Supplement to the account of plague administration in the Bombay Presidency from September 1896 till May 1897
Year: 1896
Disease focus: Plague
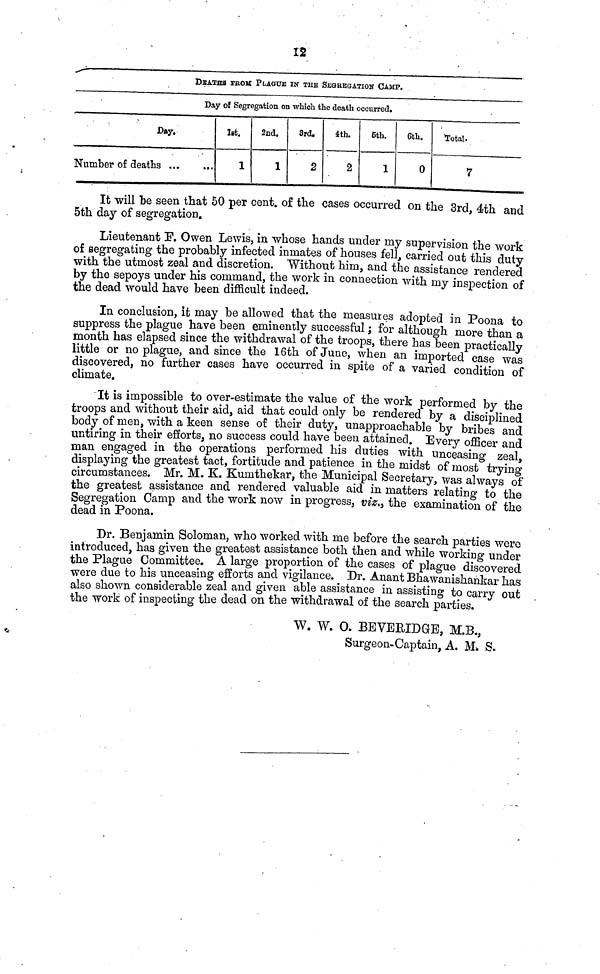
12
DEATHS FrOM PLAGUE IN THE SEGREGATION CAMP.
Day of Segregation on which the death occurred.
Day.
Number of deaths
1st.
1
2nd.
1
3rd.
2
4th.
2
6th.
1
6th.
0
Total.
7
It will be seen that 50 per cent. of the cases occurred on the 3rd, 4th and
5th day of segregation.
Lieutenant P. Owen Lewis, in whose hands under my supervision the work
of segregating the probably infected inmates of houses fell, carried out this duty
with the utmost zeal and discretion. Without him, and the assistance rendered
by the sepoys under his command, the work in connection with my inspection of
the dead would have been difficult indeed.
In conclusion, it may be allowed that the measures adopted in Poona to
suppress the plague have been eminently successful ; for although more than a
month has elapsed since the withdrawal of the troops, there has been practically
little or no plague, and since the 16th of June, when an imported case was
discovered, no further cases have occurred in spite of a varied condition of
climate.
It is impossible to over-estimate the value of the work performed by the
troops and without their aid, aid that could only be rendered by a disciplined
body of men, with a keen sense of their duty, unapproachable by bribes and
untiring in their efforts, no success could have been attained. Every officer and
man engaged in the operations performed his duties with unceasing zeal
displaying the greatest tact, fortitude and patience in the midst of most trying
circumstances. Mr. M. K. Kumthekar, the Municipal Secretary, was always of
the greatest assistance and rendered valuable aid in matters relating to the
Segregation Camp and the work now in progress, viz., the examination of the
dead in Poona.
Dr. Benjamin Soloman, who worked with me before the search parties were
introduced, has given the greatest assistance both then and while working under
the Plague Committee. A large proportion of the cases of plague discovered
were due to his unceasing efforts and vigilance. Dr. Anant Bhawanishankar has
also shown considerable zeal and given able assistance in assisting to carry out
the work of inspecting the dead on the withdrawal of the search parties.
W. W. O. BEVERIDGE, M.B.,
Surgeon-Captain, A. M. S.